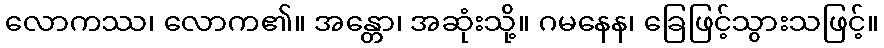
လောကဿ၊ လောက၏။ အန္တော၊ အဆုံးသို့။ ဂမနေန၊ ခြေဖြင့်သွားသဖြင့်။